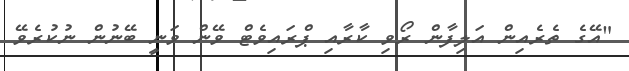
"އޭގެ ތެރެއިން އަލިފާން ރޯވި ކާރާއި ޕްރައިވެޓް ވޭން ވަނީ ބޭނުން ނުކުރެވޭ